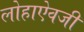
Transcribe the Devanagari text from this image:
लोहाऐवजी